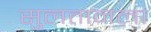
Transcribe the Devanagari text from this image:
सुलतानला